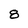
Character: 8